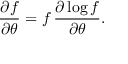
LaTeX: { \frac { \partial f } { \partial \theta } } = f \, { \frac { \partial \log f } { \partial \theta } } .